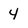
Character: 4